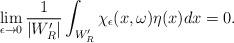
LaTeX: \begin{align*}\lim_{\epsilon \to 0 }\frac{1}{|W'_R|}\int_{W'_R}\chi_\epsilon(x,\omega)\eta(x)dx =0.\end{align*}